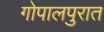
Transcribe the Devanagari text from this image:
गोपालपुरात